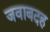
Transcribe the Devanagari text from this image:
जवाबदह